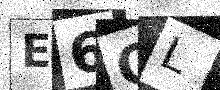
Text: E6QL